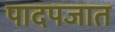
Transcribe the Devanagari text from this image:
पादपजात